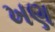
ખણ